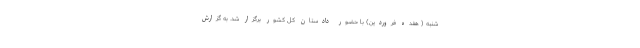
شنبه ( هفده فروردین) با حضور دادستان کل کشور برگزار شد. به گزارش